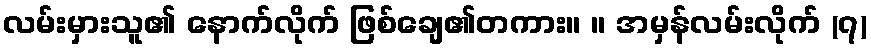
လမ်းမှားသူ၏ နောက်လိုက် ဖြစ်ချေ၏တကား။ ။ အမှန်လမ်းလိုက် (၇)